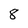
Character: 8